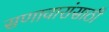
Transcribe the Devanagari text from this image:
सणावारांसाठी